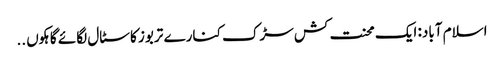
اسلام آباد: ایک محنت کش سڑک کنارے تربوز کا سٹال لگائے گاہکوں ..